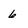
Character: 6